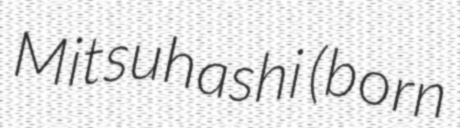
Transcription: Mitsuhashi (born